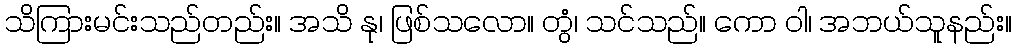
သိကြားမင်းသည်တည်း။ အသိ နု၊ ဖြစ်သလော။ တွံ၊ သင်သည်။ ကော ဝါ၊ အဘယ်သူနည်း။